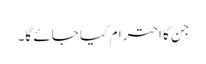
جن کا احترام کیا جائے گا۔